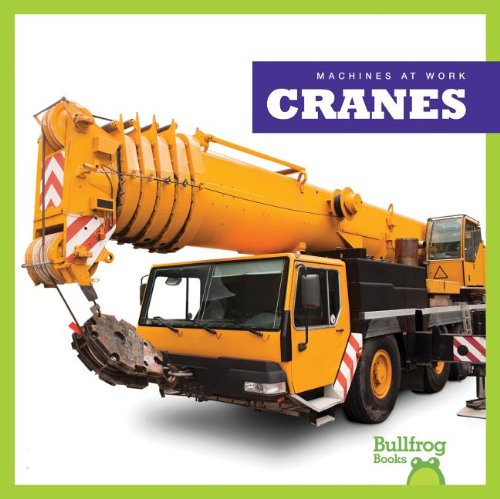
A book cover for Cranes (Bullfrog Books: Machines at Work); Wendy Strobel Dieker; Children's Books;